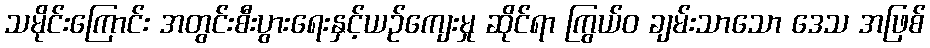
သမိုင်းကြောင်း အတွင်းစီးပွားရေးနှင့်ယဉ်ကျေးမှု ဆိုင်ရာ ကြွယ်ဝ ချမ်းသာသော ဒေသ အဖြစ်